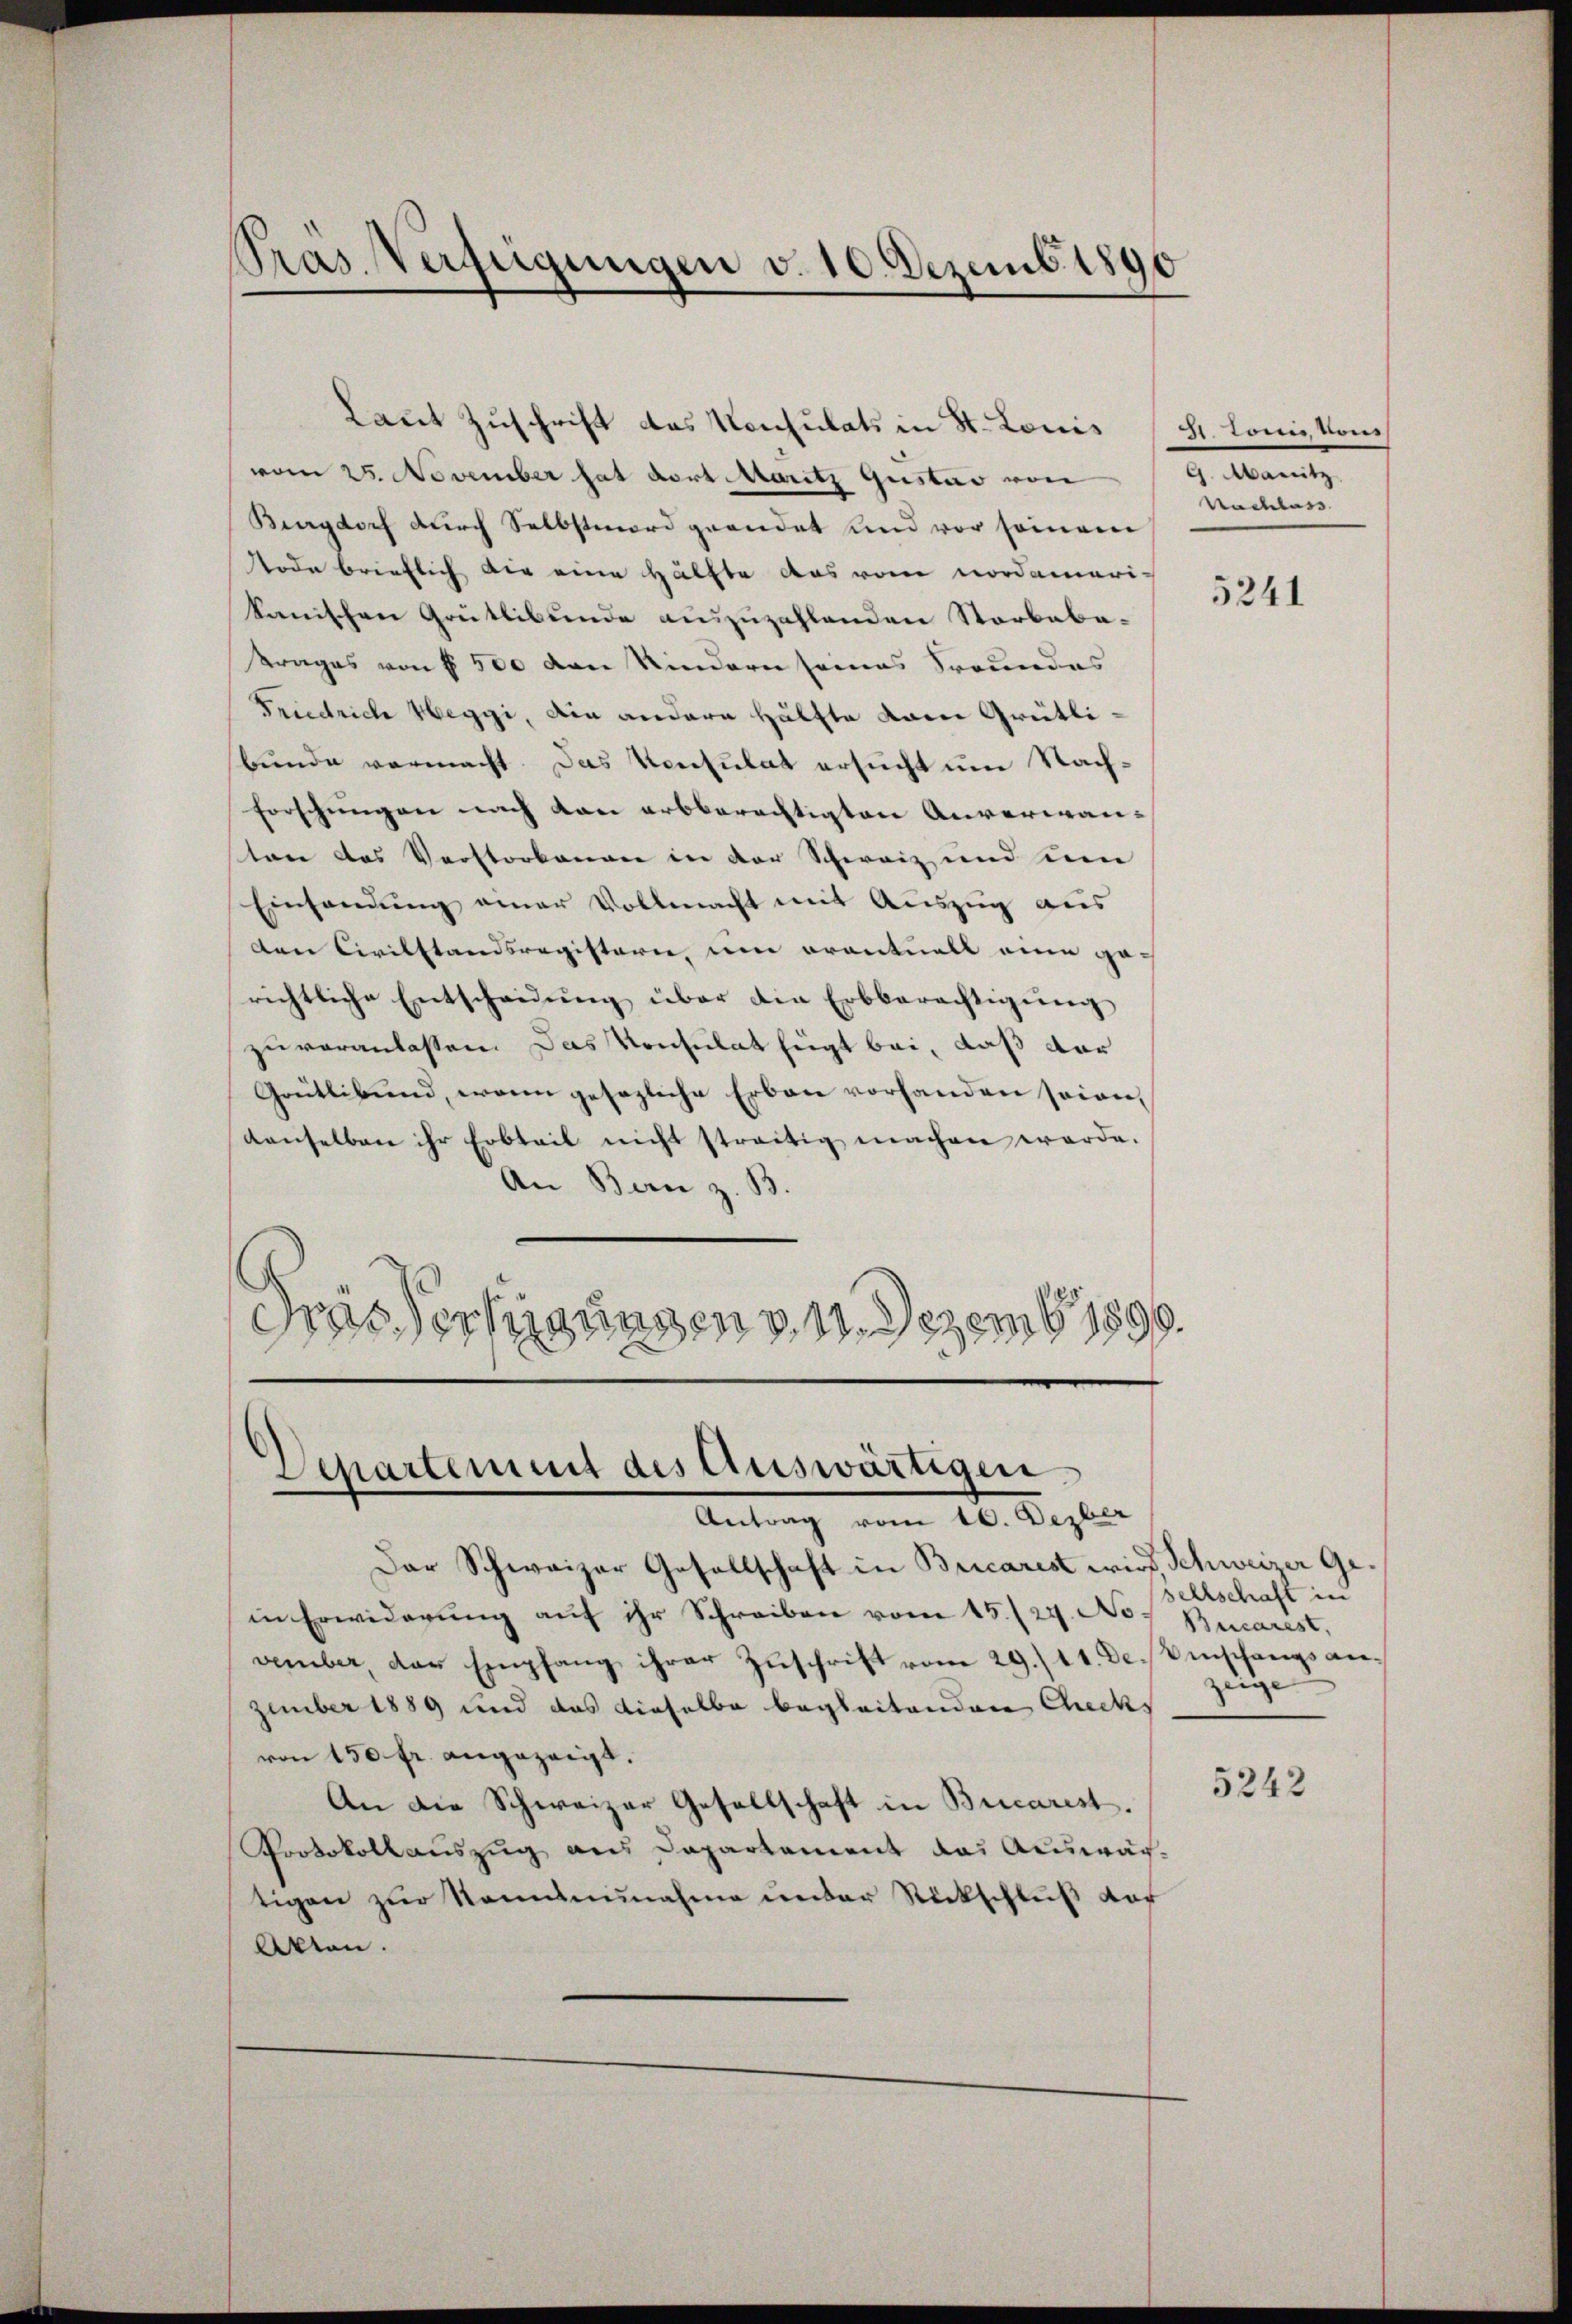
Pras. Verfügungen v. 10. Dezemb. 1890

Laut Zuschrift das Konsulats in St. Louis
vom 25. November hat dort Maritz Quistav von
Beegdorf durch Selbstmord geendet und vor seinem
Node brieflich die eine Hälfte das vom Nordamerikanischen Grütlibunde auszuzahlenden Starbaba-
trages von § 500 von Kindern seines Freundes
Friedrich Weggi, die andere Hälfte kam Grütlibunde vermacht. Das Konsulat ersucht um Nachforschungen nach von erbberechtigten Anverwanten das Verstorbenen in der Schweiz und um
Einsamung einer Vollmacht mit Auszug aus
den Civilstandsregisterie, um eventuell eine ge-
richtliche Entscheidŭng über die Erbberechtigŭng
zuveranlassen. Das Konsulat fügt bei, daß dar
Grütlibund, wenn gesezliche Erbau vorhanden seien,
denselben ihr Erbteil nicht streitig machen werde.
An Bern z. B.
Dris Verlegungen v. 11. Dezemb. 1890.

Departement des Auswärtigen.
Antrag vom 10. Dezber

Dar Schweizer Gesellschaft in Bricarest wird, Schweizer Gein Erwiderung auf ihr Schreiben vom 15./29. No 7 Bucarest,
vember, der Empfang ihrer Zuschrift vom 29./11. Dessenschangsanzember 1889 und das dieselbe begleitenden Checks
von 150 fr. angezeigt.
An die Schweizer Gesellschaft in Bucarest.
Protokollauszug aus Departement das Auswächtigen zur Kenntnunahme under Rückschluß der
Akten.

3. Ton von
G. Maritz
Nachlass |

5241

sellschaft in
zeige

5242